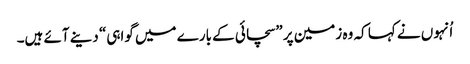
‏ اُنہوں نے کہا کہ وہ زمین پر ”‏سچائی کے بارے میں گواہی“‏ دینے آئے ہیں۔